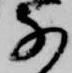
な